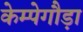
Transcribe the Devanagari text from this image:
केम्पेगौड़ा